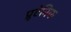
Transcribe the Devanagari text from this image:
प्रूटेनिक